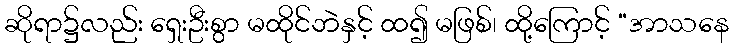
ဆိုရာ၌လည်း ရှေးဦးစွာ မထိုင်ဘဲနှင့် ထ၍ မဖြစ်၊ ထို့ကြောင့် “အာသနေ